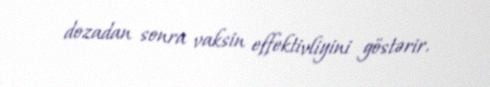
dozadan sonra vaksin effektivliyini göstərir.